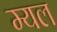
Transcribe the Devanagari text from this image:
म्यल